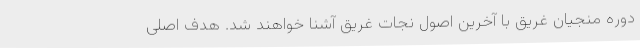
دوره منجیان غریق با آخرین اصول نجات غریق آشنا خواهند شد. هدف اصلی